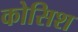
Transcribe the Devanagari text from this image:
कोसिश